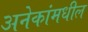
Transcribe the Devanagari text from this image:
अनेकांमधील